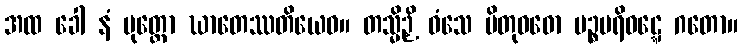
အထ ခေါ နံ ပုတ္တော ဃာတေဿတိယေဝ။ တသ္မိဉှိ ဝံသေ ပိတုဝဓော ပဉ္စပရိဝဋ္ဋေ ဂတော။